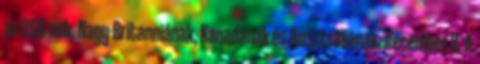
az USA-nak, Nagy-Britanniának, Kanadának és Ausztráliának. december 9. A